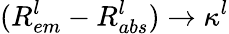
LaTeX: (R_{em}^{l}-R_{abs}^{l})\to\kappa^{l}